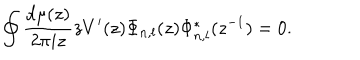
\oint \frac { d \mu ( z ) } { 2 \pi i z } z V ^ { \prime } ( z ) \Phi _ { n , l } ( z ) \Phi _ { n , l } ^ { * } ( z ^ { - 1 } ) = 0 .